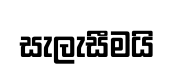
සැලැසීමයි